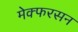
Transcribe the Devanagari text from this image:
मेक्फरसन